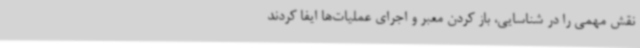
نقش مهمی را در شناسایی، باز کردن معبر و اجرای عملیات‌ها ایفا کردند